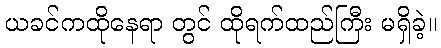
ယခင်ကထိုနေရာ တွင် ထိုရက်ထည်ကြီး မရှိခဲ့။